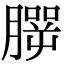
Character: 𦠍